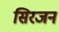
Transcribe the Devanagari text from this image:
सिरजन